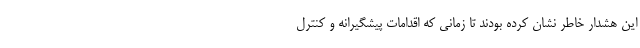
این هشدار خاطر نشان کرده بودند تا زمانی که اقدامات پیشگیرانه و کنترل